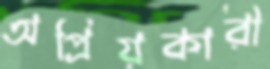
অপ্রিয়কারী